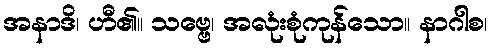
အနာဒိ၊ ဟီ၏။ သဗ္ဗေ၊ အလုံးစုံကုန်သော။ နာဂါစ၊